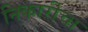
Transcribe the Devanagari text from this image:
निकारीचा